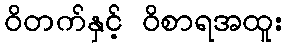
ဝိတက်နှင့် ဝိစာရအထူး